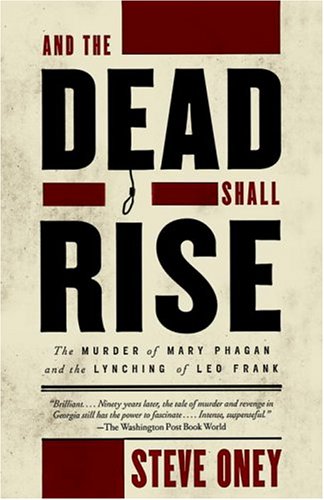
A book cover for And the Dead Shall Rise: The Murder of Mary Phagan and the Lynching of Leo Frank; Steve Oney; Biographies & Memoirs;